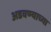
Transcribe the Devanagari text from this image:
अडवण्याच्या